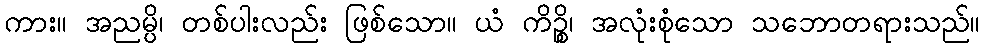
ကား။ အညမ္ပိ၊ တစ်ပါးလည်း ဖြစ်သော။ ယံ ကိဉ္စိ၊ အလုံးစုံသော သဘောတရားသည်။